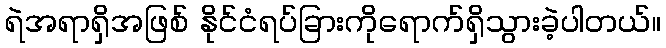
ရဲအရာရှိအဖြစ် နိုင်ငံရပ်ခြားကိုရောက်ရှိသွားခဲ့ပါတယ်။